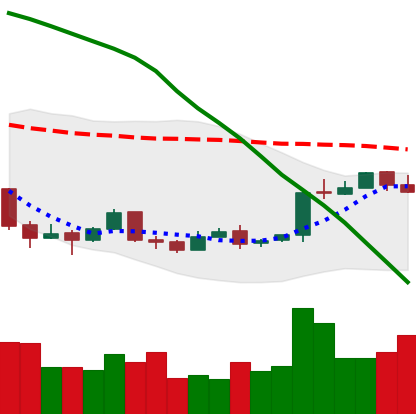
Ticker: BTC-USD
Chart end date: 2018-04-17
Forward return: 11.394%
Label: up_7plus